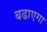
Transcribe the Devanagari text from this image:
बढाएगा